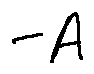
- A